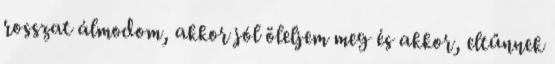
rosszat álmodom, akkor jól öleljem meg és akkor, eltűnnek